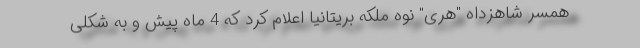
همسر شاهزداه "هری" نوه ملکه بریتانیا اعلام کرد که 4 ماه پیش و به شکلی